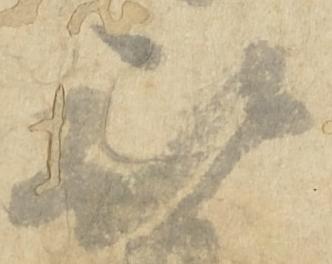
被